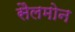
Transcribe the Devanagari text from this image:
सैलमोन